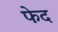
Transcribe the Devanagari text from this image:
फेद